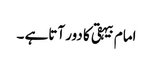
امام بیہقی کا دور آتاہے ۔